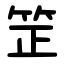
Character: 䇥